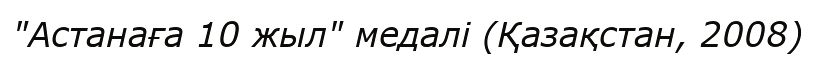
"Астанаға 10 жыл" медалі (Қазақстан, 2008)